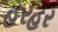
હરહર